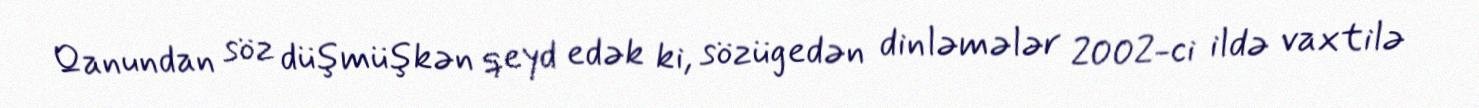
Qanundan söz düşmüşkən qeyd edək ki, sözügedən dinləmələr 2002-ci ildə vaxtilə